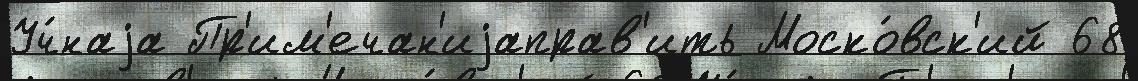
Уч́наjа Пр'им'ечан'иjаправ'ить Моско́вск'ий 68